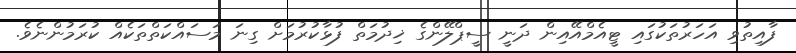
ފާއިތުވި އަހަރުތަކުގައި ޓީއެމްއޭއިން ދަނީ ސީޕްލޭންގެ ޚިދުމަތް ފުޅާކުރުމަށް ގިނަ މަސައްކަތްތަކެއް ކުރަމުންނެވެ.